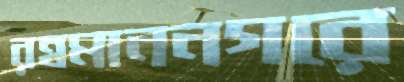
রহমাননগরে